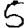
Digit: 5